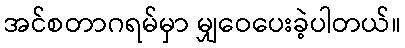
အင်စတာဂရမ်မှာ မျှဝေပေးခဲ့ပါတယ်။